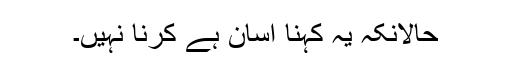
حالانکہ یہ کہنا آسان ہے کرنا نہیں۔